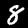
Label: 8